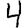
Digit: 4